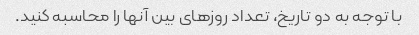
با توجه به دو تاریخ، تعداد روزهای بین آنها را محاسبه کنید.